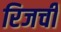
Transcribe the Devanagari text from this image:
रिजची